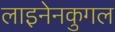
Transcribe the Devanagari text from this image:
लाइनेनकुगल